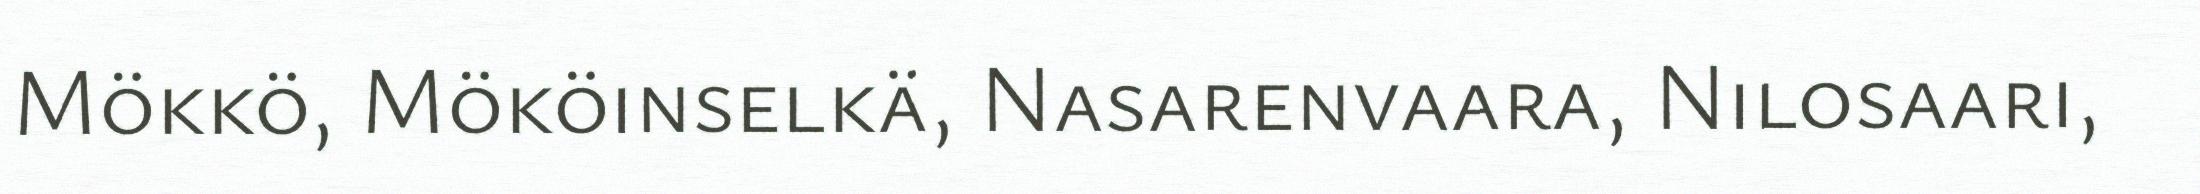
Mökkö, Mököinselkä, Nasarenvaara, Nilosaari,